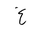
Letter: _gayn